Problem: 6 × 6 = ?
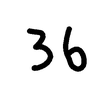
Handwritten answer: 36